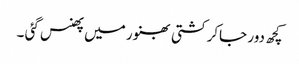
کچھ دور جاکر کشتی بھنور میں پھنس گئی ۔